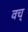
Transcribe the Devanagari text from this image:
वच्